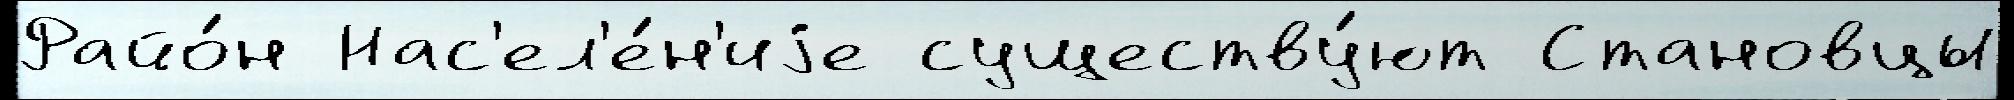
Райо́н Нас'ел'е́н'иjе существу́ют Становцы